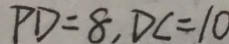
P D = 8 , D C = 1 0